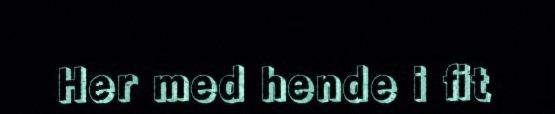
Her med hende i fit